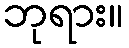
ဘုရား။